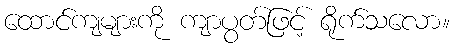
ထောင်ကျများကို ကျာပွတ်ဖြင့် ရိုက်သလော။